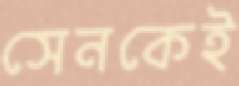
সেনকেই